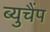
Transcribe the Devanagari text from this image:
ब्युचैंप